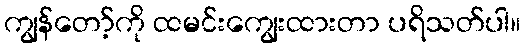
ကျွန်တော့်ကို ထမင်းကျွေးထားတာ ပရိသတ်ပါ။